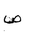
Letter: _sad